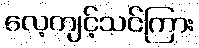
လေ့ကျင့်သင်ကြား